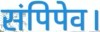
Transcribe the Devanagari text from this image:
संपिपेव।